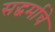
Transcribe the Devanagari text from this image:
सद्धर्माचे